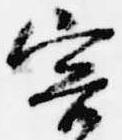
害